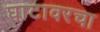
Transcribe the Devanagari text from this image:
घाटावरचा